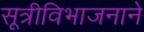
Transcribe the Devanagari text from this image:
सूत्रीविभाजनाने